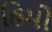
હિમો